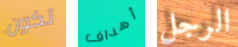
تكون أهداف الرجل